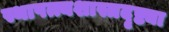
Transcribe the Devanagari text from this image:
स्थापत्त्यशास्त्रदृष्ट्या